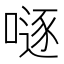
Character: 𠽖